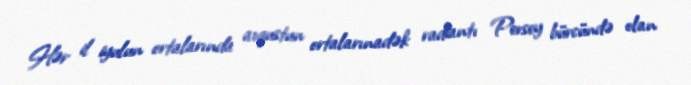
Hər il iyulun ortalarında avqustun ortalarınadək radiantı Persey bürcündə olan